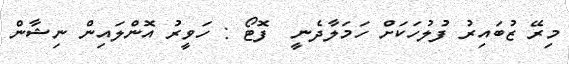
މިރޭ ޒުބައިރު ފުލުހަކަށް ހަމަލާދެނީ  ފޮޓޯ : ހަވީރު އޮންލައިން ނިޝާން